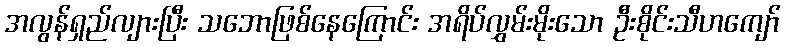
အလွန်ရှည်လျားပြီး သဘောဖြစ်နေကြောင်း အရိပ်လွှမ်းမိုးသော ဦးစိုင်းသီဟကျော်